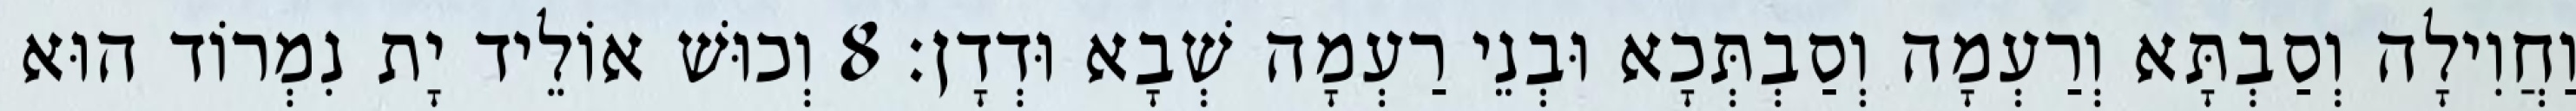
וַחֲוִילָה וְסַבְתָּא וְרַעְמָה וְסַבְתְּכָא וּבְנֵי רַעְמָה שְׁבָא וּדְדָן׃ 8 וְכוּשׁ אוֹלֵיד יָת נִמְרוֹד הוּא